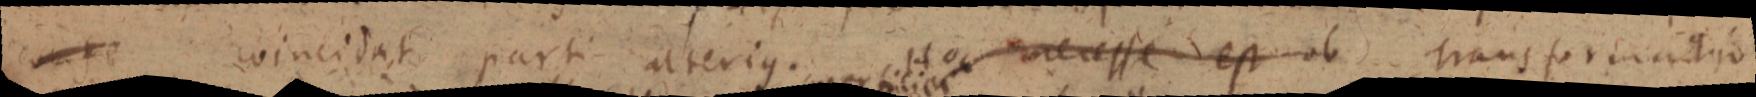
confe coincidat parti alterius. Hoc necesse est ob transformatio